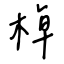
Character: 棹